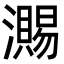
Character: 瀃